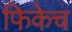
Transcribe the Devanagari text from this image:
फिकेच